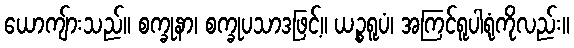
ယောကျ်ားသည်။ စက္ခုနာ၊ စက္ခုပသာဒဖြင့်။ ယဉ္စရူပံ၊ အကြင်ရူပါရုံကိုလည်း။